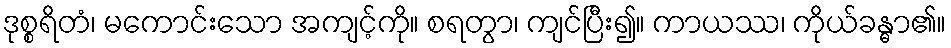
ဒုစ္စရိတံ၊ မကောင်းသော အကျင့်ကို။ စရတွာ၊ ကျင်ပြီး၍။ ကာယဿ၊ ကိုယ်ခန္ဓာ၏။